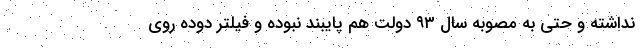
نداشته و حتی به مصوبه سال ۹۳ دولت هم پایبند نبوده و فیلتر دوده روی